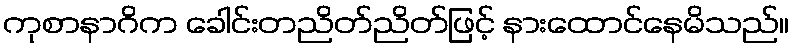
ကုစာနာဂိက ခေါင်းတညိတ်ညိတ်ဖြင့် နားထောင်နေမိသည်။